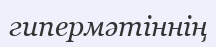
гипермәтіннің